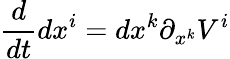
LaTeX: {\frac{d}{dt}}dx^{i}=dx^{k}\partial_{x^{k}}V^{i}